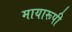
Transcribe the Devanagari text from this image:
मायारूपी